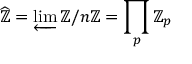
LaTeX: { \widehat { \mathbb { Z } } } = \varprojlim \mathbb { Z } / n \mathbb { Z } = \prod _ { p } \mathbb { Z } _ { p }